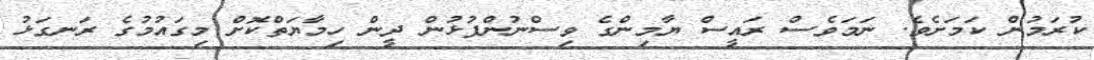
ކުރަމުން ކަމަށެވެ. ނަމަވެސް ރައީސް ޔާމިންގެ ވިސްނުންފުޅުން ދީން ހިމާޔަތްކޮށް މިގައުމުގެ ރަނގަޅު